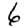
Digit: 6